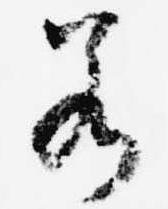
若